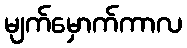
မျက်မှောက်ကာလ